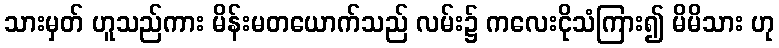
သားမှတ် ဟူသည်ကား မိန်းမတယောက်သည် လမ်း၌ ကလေးငိုသံကြား၍ မိမိသား ဟု